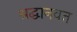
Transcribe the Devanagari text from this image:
श्रद्धानवत